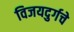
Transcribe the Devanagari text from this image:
विजयदुर्गचे